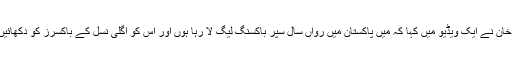
عامر خان نے ایک ویڈیو میں کہا کہ میں پاکستان میں رواں سال سپر باکسنگ لیگ لا رہا ہوں اور اس کو اگلی نسل کے باکسرز کو دکھائیں گے۔